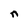
Character: n